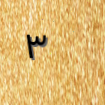
٣